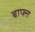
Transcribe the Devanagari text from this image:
बाफ्त